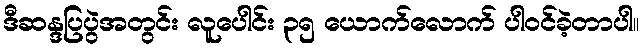
ဒီဆန္ဒပြပွဲအတွင်း လူပေါင်း ၃၅ ယောက်လောက် ပါဝင်ခဲ့တာပါ။